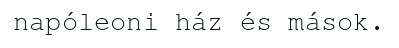
napóleoni ház és mások.